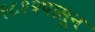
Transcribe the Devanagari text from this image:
१८१२पासून